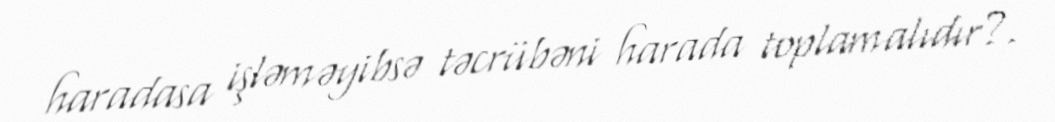
haradasa işləməyibsə təcrübəni harada toplamalıdır?.